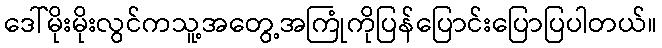
ဒေါ်မိုးမိုးလွင်ကသူ့အတွေ့အကြုံကိုပြန်ပြောင်းပြောပြပါတယ်။